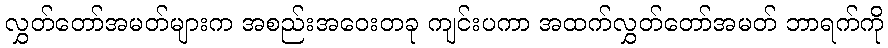
လွှတ်တော်အမတ်များက အစည်းအဝေးတခု ကျင်းပကာ အထက်လွှတ်တော်အမတ် ဘာရက်ကို